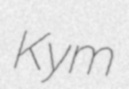
Kym